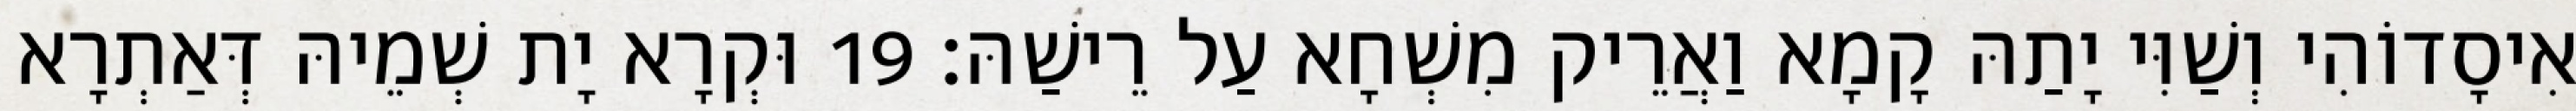
אִיסָדוֹהִי וְשַׁוִּי יָתַהּ קָמָא וַאֲרֵיק מִשְׁחָא עַל רֵישַׁהּ׃ 19 וּקְרָא יָת שְׁמֵיהּ דְּאַתְרָא